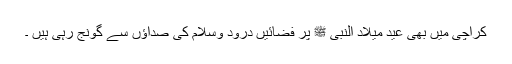
کراچی میں بھی عید میلاد النبی ﷺ پر فضائیں درود وسلام کی صداؤں سے گونج رہی ہیں ۔